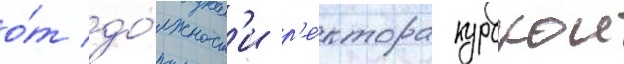
о́т до́лжност'и р'е́ктора курскои